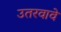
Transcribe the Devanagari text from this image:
उतरवावे